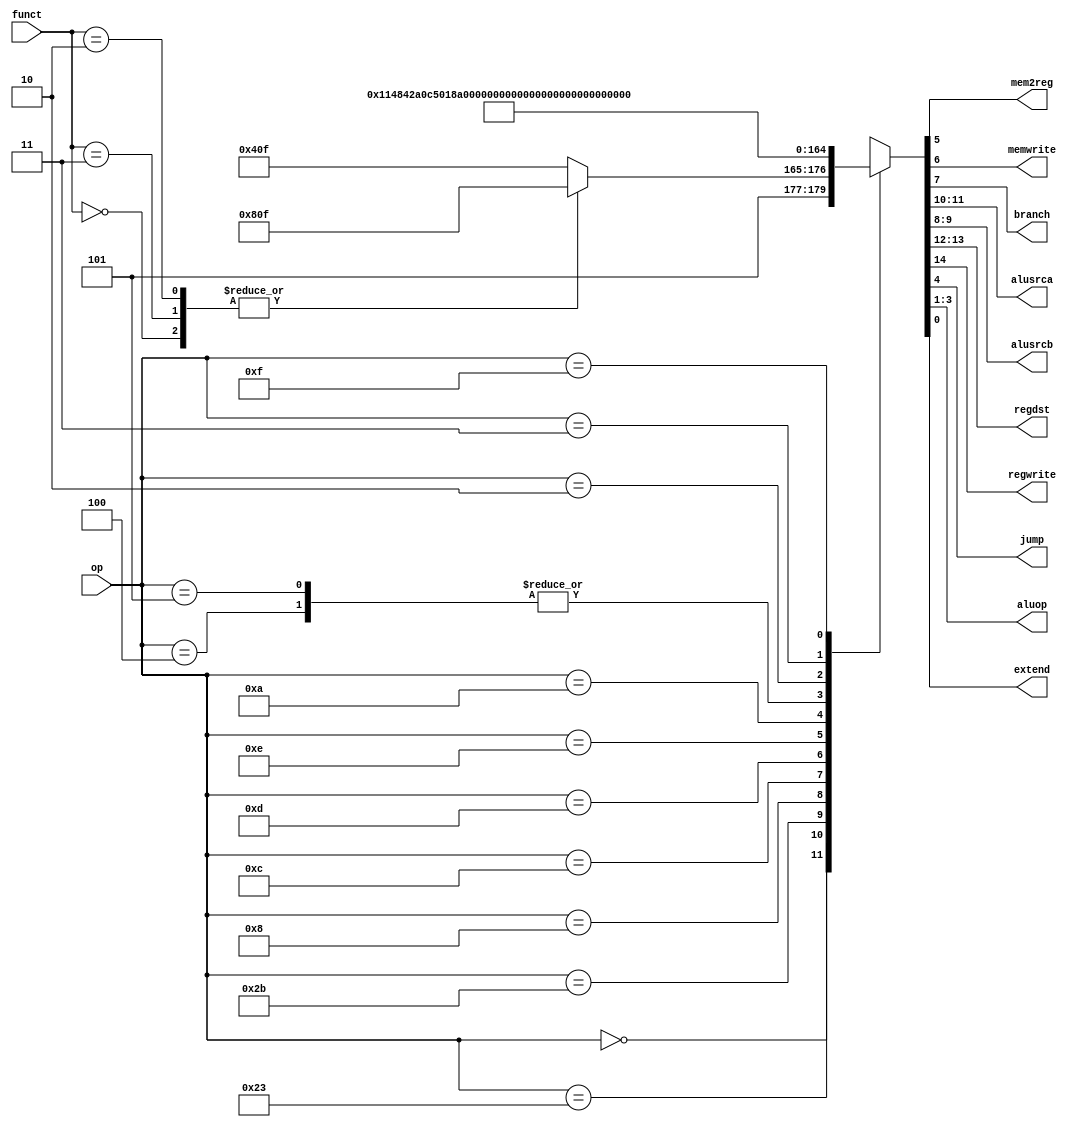
`timescale 1ns / 1ps
//////////////////////////////////////////////////////////////////////////////////
// Company: 
// Engineer: 
// 
// Design Name: 
// Module Name: main_decoder
// Project Name: 
// Target Devices: 
// Tool Versions: 
// Description: 
// 
// Dependencies: 
// 
// Revision:
// Revision 0.01 - File Created
// Additional Comments:
// 
//////////////////////////////////////////////////////////////////////////////////


module main_decoder(
    input [5:0] op,
    output mem2reg, memwrite,
    output branch, 
    output [1:0] alusrca,
    output [1:0] alusrcb,
    output [1:0] regdst, 
    output regwrite,
    output jump,
    output [2:0] aluop,//[1:0] -> [2:0]
    output extend,
    input [5:0] funct
    );
    
    reg [14:0] controls;//[8:0] -> [9:0] -> [10:0] -> [11:0] -> [12:0] -> [13:0] -> [14:0]
    
    assign {regwrite, regdst, alusrca,alusrcb, branch, memwrite, mem2reg, jump,aluop,extend}=controls;
    
    always@(*)
    case(op)
    6'b000000://R-type, aluop: 10 -> 111(default in alu_decoder)
        case(funct)
        //sll, srl, sra
        6'b000000:controls<=15'b101100000001111;
        6'b000011:controls<=15'b101100000001111;
        6'b000010:controls<=15'b101100000001111;
        //add, sub, and, or, slt, nor, xor
        default:controls<=15'b101010000001111;  
        endcase
    6'b100011:controls<=15'b100010100100001;//LW
    6'b101011:controls<=15'b000010101000001;//SW
    6'b001000:controls<=15'b100010100000001;//ADDI
    //aluop: 00 -> 000
    
    //add op:
    6'b001100:controls<=15'b100010100000100;//ANDI
    //aluop: 010
    6'b001101:controls<=15'b100010100000110;//ORI
    //aluop: 011
    6'b001110:controls<=15'b100010100001010;//XORI
    //aluop: 101
    6'b001010:controls<=15'b100010100001001;//SLTI
    //aluop: 100
    
    6'b000100:controls<=15'b000010010000011;//BEQ
    //aluop: 01 -> 001
    //add op:
    6'b000101:controls<=15'b000010010000011;//BNE
    
    6'b000010:controls<=15'b000010000010001;//J
    //aluop: 00 -> 000
    6'b000011:controls<=15'b110001100010001;//JAL
    //alusrca == 0, alua <- pc
    
    6'b001111:controls<=15'b100010100001100;//LUI
    
    default:controls<=15'bxxxxxxxxxxxxxxx;//illegal operation
    endcase
    
endmodule